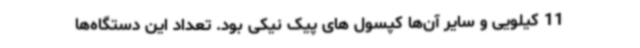
11 کیلویی و سایر آن‌ها کپسول های پیک نیکی بود. تعداد این دستگاه‌ها